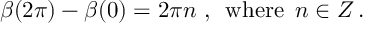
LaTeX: \beta ( 2 \pi ) - \beta ( 0 ) = 2 \pi n \, \, , \, \, \, \mathrm { w h e r e } \, \, \, n \in Z \, .